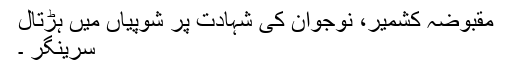
مقبوضہ کشمیر، نوجوان کی شہادت پر شوپیاں میں ہڑتال
سرینگر ۔